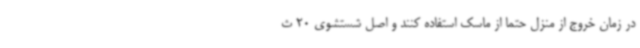
در زمان خروج از منزل حتماً از ماسک استفاده کنند و اصل شستشوی 20 ث